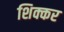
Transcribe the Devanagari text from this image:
शिक्कर